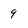
Character: 9